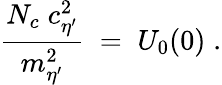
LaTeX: \frac{N_{c}\; c_{\eta^{\prime}}^{2}}{m_{\eta^{\prime}}^{2}}\; =\; U_{0}(0)\; .